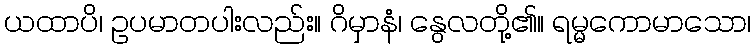
ယထာပိ၊ ဥပမာတပါးလည်း။ ဂိမှာနံ၊ နွေလတို့၏။ ရမ္မကောမာသော၊